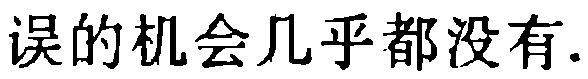
误的机会几乎都没有.